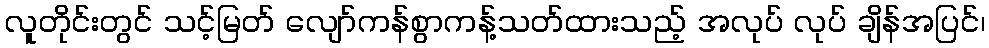
လူတိုင်းတွင် သင့်မြတ် လျော်ကန်စွာကန့်သတ်ထားသည့် အလုပ် လုပ် ချိန်အပြင်၊